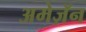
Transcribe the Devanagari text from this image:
अमेज़ॅन